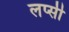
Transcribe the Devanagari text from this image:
लप्सी